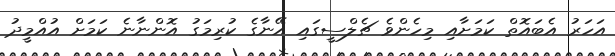
އަހަރު އެބައޮތް ކަމަށާއި މިހެންވެ ޗެލްސީގައި އޭނާގެ ކުރިމަގު އޮންނާނެ ކަމަށް އުއްމީދު